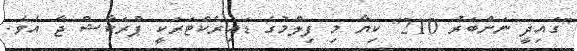
"ގައިދީ ނަންބަރު 210" ކިޔާ މި ފިލްމުގެ ޑައިރެކްޓަރަކީ ޕްރަކާޝް ޖާ އެވެ.